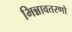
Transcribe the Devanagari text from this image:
भिन्नावतरणों